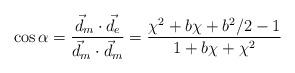
LaTeX: \begin{align*}\cos \alpha = \frac{\vec{d}_m \cdot \vec{d}_e}{\vec{d}_m \cdot \vec{d}_m}= \frac{ \chi^2 + b \chi + b^2 /2 -1 }{1 + b \chi + \chi^2 }\end{align*}